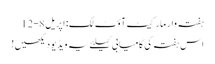
ہفتہ وار مارکیٹ آؤٹ لک: اپریل 8-12
اس ہفتہ کی کامیابی کیلئے یہ ویڈیو دیکھیں!